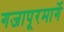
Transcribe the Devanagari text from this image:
गजापूरमार्गे